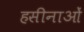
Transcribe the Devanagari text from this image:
हसीनाओं